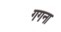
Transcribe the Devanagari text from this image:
गगना